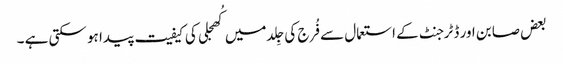
بعض صابن اور ڈٹرجنٹ کے استعمال سے فُرج کی جِلد میں کُھجلی کی کیفیت پیدا ہو سکتی ہے ۔